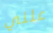
علني